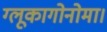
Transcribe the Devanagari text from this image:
ग्लूकागोनोमा।